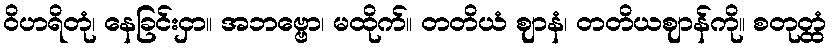
ဝိဟရိတုံ၊ နေခြင်းငှာ။ အဘဗ္ဗော၊ မထိုက်။ တတိယံ ဈာနံ၊ တတိယဈာန်ကို။ စတုတ္ထံ